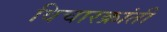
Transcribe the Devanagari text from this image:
विचारक्रांती